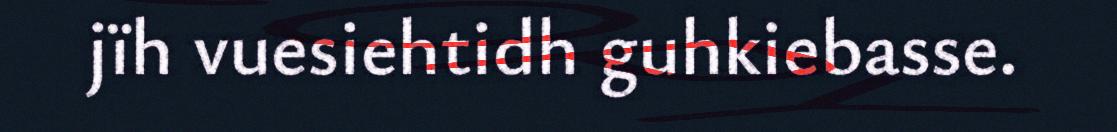
jïh vuesiehtidh guhkiebasse.